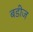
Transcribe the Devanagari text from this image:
बडीज